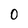
Character: 0